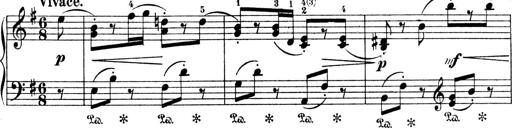
Title: 4 Sonatines
Composer: Max Reger